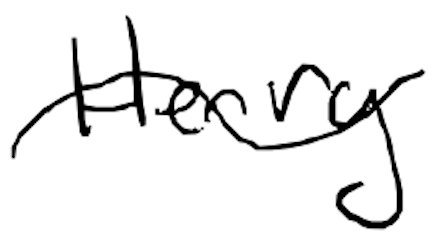
Text: Henry
Cross-out: wave
Writing tool: digital_black